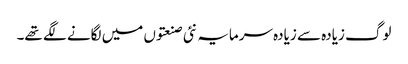
لوگ زیادہ سے زیادہ سرمایہ نئی صنعتوں میں لگانے لگے تھے۔